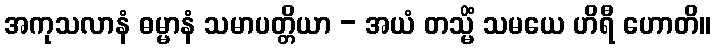
အကုသလာနံ ဓမ္မာနံ သမာပတ္တိယာ - အယံ တသ္မိံ သမယေ ဟိရီ ဟောတိ။